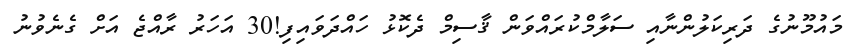
މައުމޫނުގެ ދަރިކަލުންނާއި ސަލާމްކުރައްވަން ޤާސިމް ދެކޮޅު ހައްދަވައިފި!30 އަހަރު ރާއްޖެ އަށް ގެނެވުނު